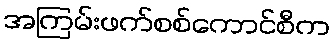
အကြမ်းဖက်စစ်ကောင်စီက